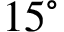
1 5 ^ { \circ }